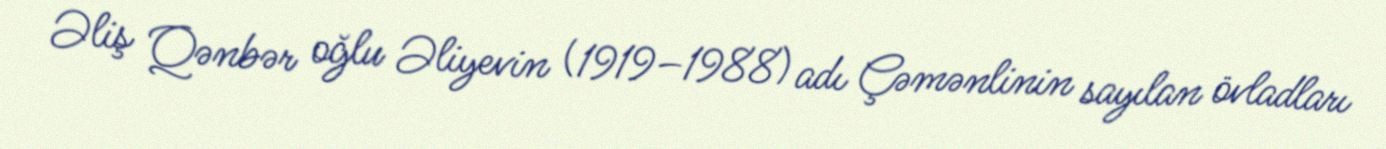
Əliş Qənbər oğlu Əliyevin (1919–1988) adı Çəmənlinin sayılan övladları